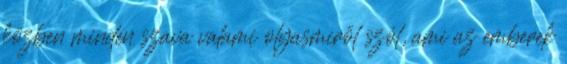
közben minden szava valami olyasmiről szól, ami az emberek